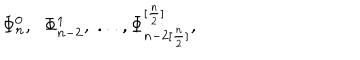
\Phi _ { n } ^ { 0 } , \; \; \Phi _ { n - 2 } ^ { 1 } , \; . . . , \Phi _ { n - 2 [ \frac { n } { 2 } ] } ^ { [ \frac { n } { 2 } ] } ,